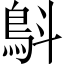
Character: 𩿚